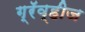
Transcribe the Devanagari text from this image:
ग्रॅव्हीज